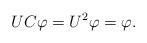
LaTeX: \begin{align*} UC \varphi = U^2 \varphi = \varphi. \end{align*}